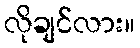
လိုချင်လား။